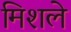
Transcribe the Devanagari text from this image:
मिशले